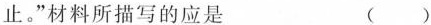
止。”材料所描写的应是 ( )